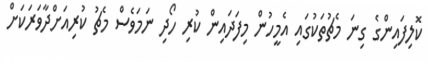
ކޮލިފައިންގެ ގިނަ މެޗުތަކުގައި އެމީހުން މިފަދައިން ކުރި ހޯދި ނަމަވެސް މެޗު ކުރިއަށްދާވަރަކަށް